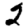
Digit: 2